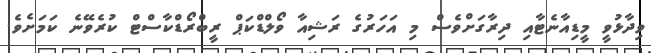
ވިދާޅުވީ މީޑިއާނެޓާއި ދިރާގަށްވެސް މި އަހަރުގެ ރަޝިއާ ވޯލްޑްކަޕް ރީބްރޯޑްކާސްޓް ކުރެވޭނެ ކަމަށެވެ.